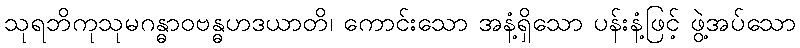
သုရဘိကုသုမဂန္ဓာဝဗန္ဓဟဒယာတိ၊ ကောင်းသော အနံ့ရှိသော ပန်းနံ့ဖြင့် ဖွဲ့အပ်သော